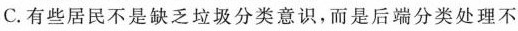
C.有些居不是缺分类意识，而是后端分类处理不